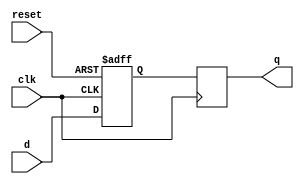
module two_flop_synchronizer (
    input wire clk, // Clock signal
    input wire reset, // Reset signal
    input wire d, // Data input signal
    output reg q // Synchronized output signal
);

reg d_ff1; // Output of first D flip-flop

always @ (posedge clk or posedge reset) begin
    if (reset) begin
        d_ff1 <= 1'b0;
    end else begin
        d_ff1 <= d;
    end
end

always @ (posedge clk) begin
    q <= d_ff1; // Output of second D flip-flop
end

endmodule